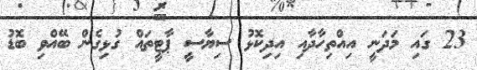
23 ގައި މަދަނީ އިއްތިހާދާއި އިދިކޮޅު ސިޔާސީ ޕާޓީތައް ގުޅިގެން ބޭއްވި ބޮޑު